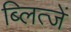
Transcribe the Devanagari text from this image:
ब्लित्जें